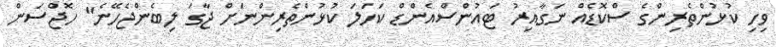
ވިހި ކުޅުންތެރިންގެ ސްކޮޑެއް ނަގާއިރު ޓައުންސްއެންޑް ކަހަލަ ކުޅުންތެރިންނަށް ޖާގަ ލިބެންޖެހޭނެ" ހޮޖްސަން